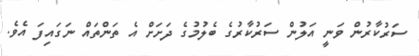
ސަރުކާރުން ވަނީ އަލުން ސަރުކާރުގެ ބެލުމުގެ ދަށަށް އެ ތަންތައް ނަގައިފަ އެވެ.